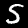
Digit: 5